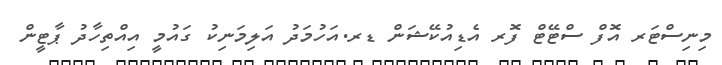
މިނިސްޓަރ އޮފް ސްޓޭޓް ފޮރ އެޑިއުކޭޝަން ޑރ.އަހުމަދު އަލިމަނިކު ގައުމީ އިއްތިހާދު ޕާޓީން